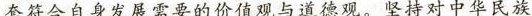
套符合自身发展需要的价值观与道德观。坚持对中华民族